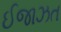
ઈજાઝત